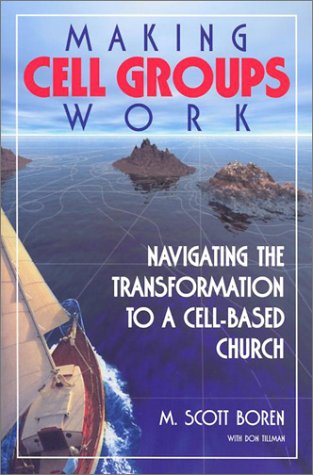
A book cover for Making Cell Groups Work: Navigating the Transformation to a Cell-Based Church; M. Scott Boren; Christian Books & Bibles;